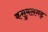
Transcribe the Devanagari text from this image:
कसुमलगढ़